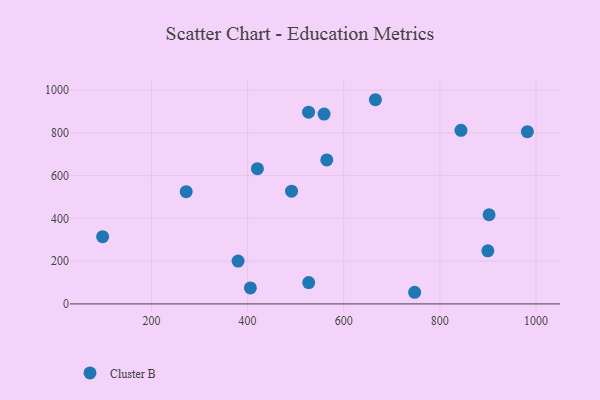
{"axis": {"x": "Price", "y": "Fuel Efficiency"}, "legend": ["Cluster B"], "data": [{"x": "843.9", "y": 812.1, "type": "Cluster B"}, {"x": "272.2", "y": 525.1, "type": "Cluster B"}, {"x": "747.5", "y": 54.4, "type": "Cluster B"}, {"x": "902.4", "y": 417.1, "type": "Cluster B"}, {"x": "405.8", "y": 74.9, "type": "Cluster B"}, {"x": "564.7", "y": 673.6, "type": "Cluster B"}, {"x": "420.4", "y": 632.7, "type": "Cluster B"}, {"x": "559.1", "y": 887.7, "type": "Cluster B"}, {"x": "982.1", "y": 805.5, "type": "Cluster B"}, {"x": "380.1", "y": 200.5, "type": "Cluster B"}, {"x": "98.3", "y": 314.4, "type": "Cluster B"}, {"x": "899.8", "y": 248.3, "type": "Cluster B"}, {"x": "491.4", "y": 527.5, "type": "Cluster B"}, {"x": "665.9", "y": 955.0, "type": "Cluster B"}, {"x": "527.1", "y": 99.6, "type": "Cluster B"}, {"x": "526.8", "y": 896.7, "type": "Cluster B"}]}